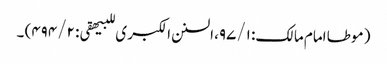
( موطا امام مالک: ۹۷/۱، السنن الکبر ی للبیھقی: ۴۹۴/۲) ۔